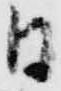
日